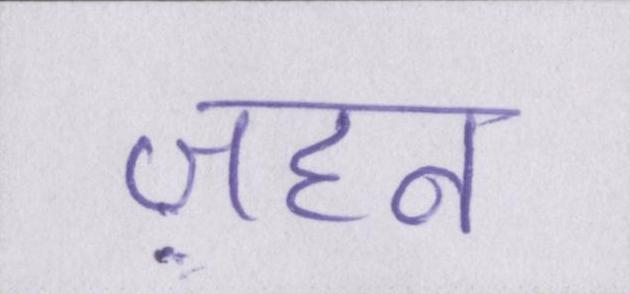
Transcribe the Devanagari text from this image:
ज़हन